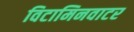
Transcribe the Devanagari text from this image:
विटामिनवाटर